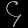
Digit: ၄